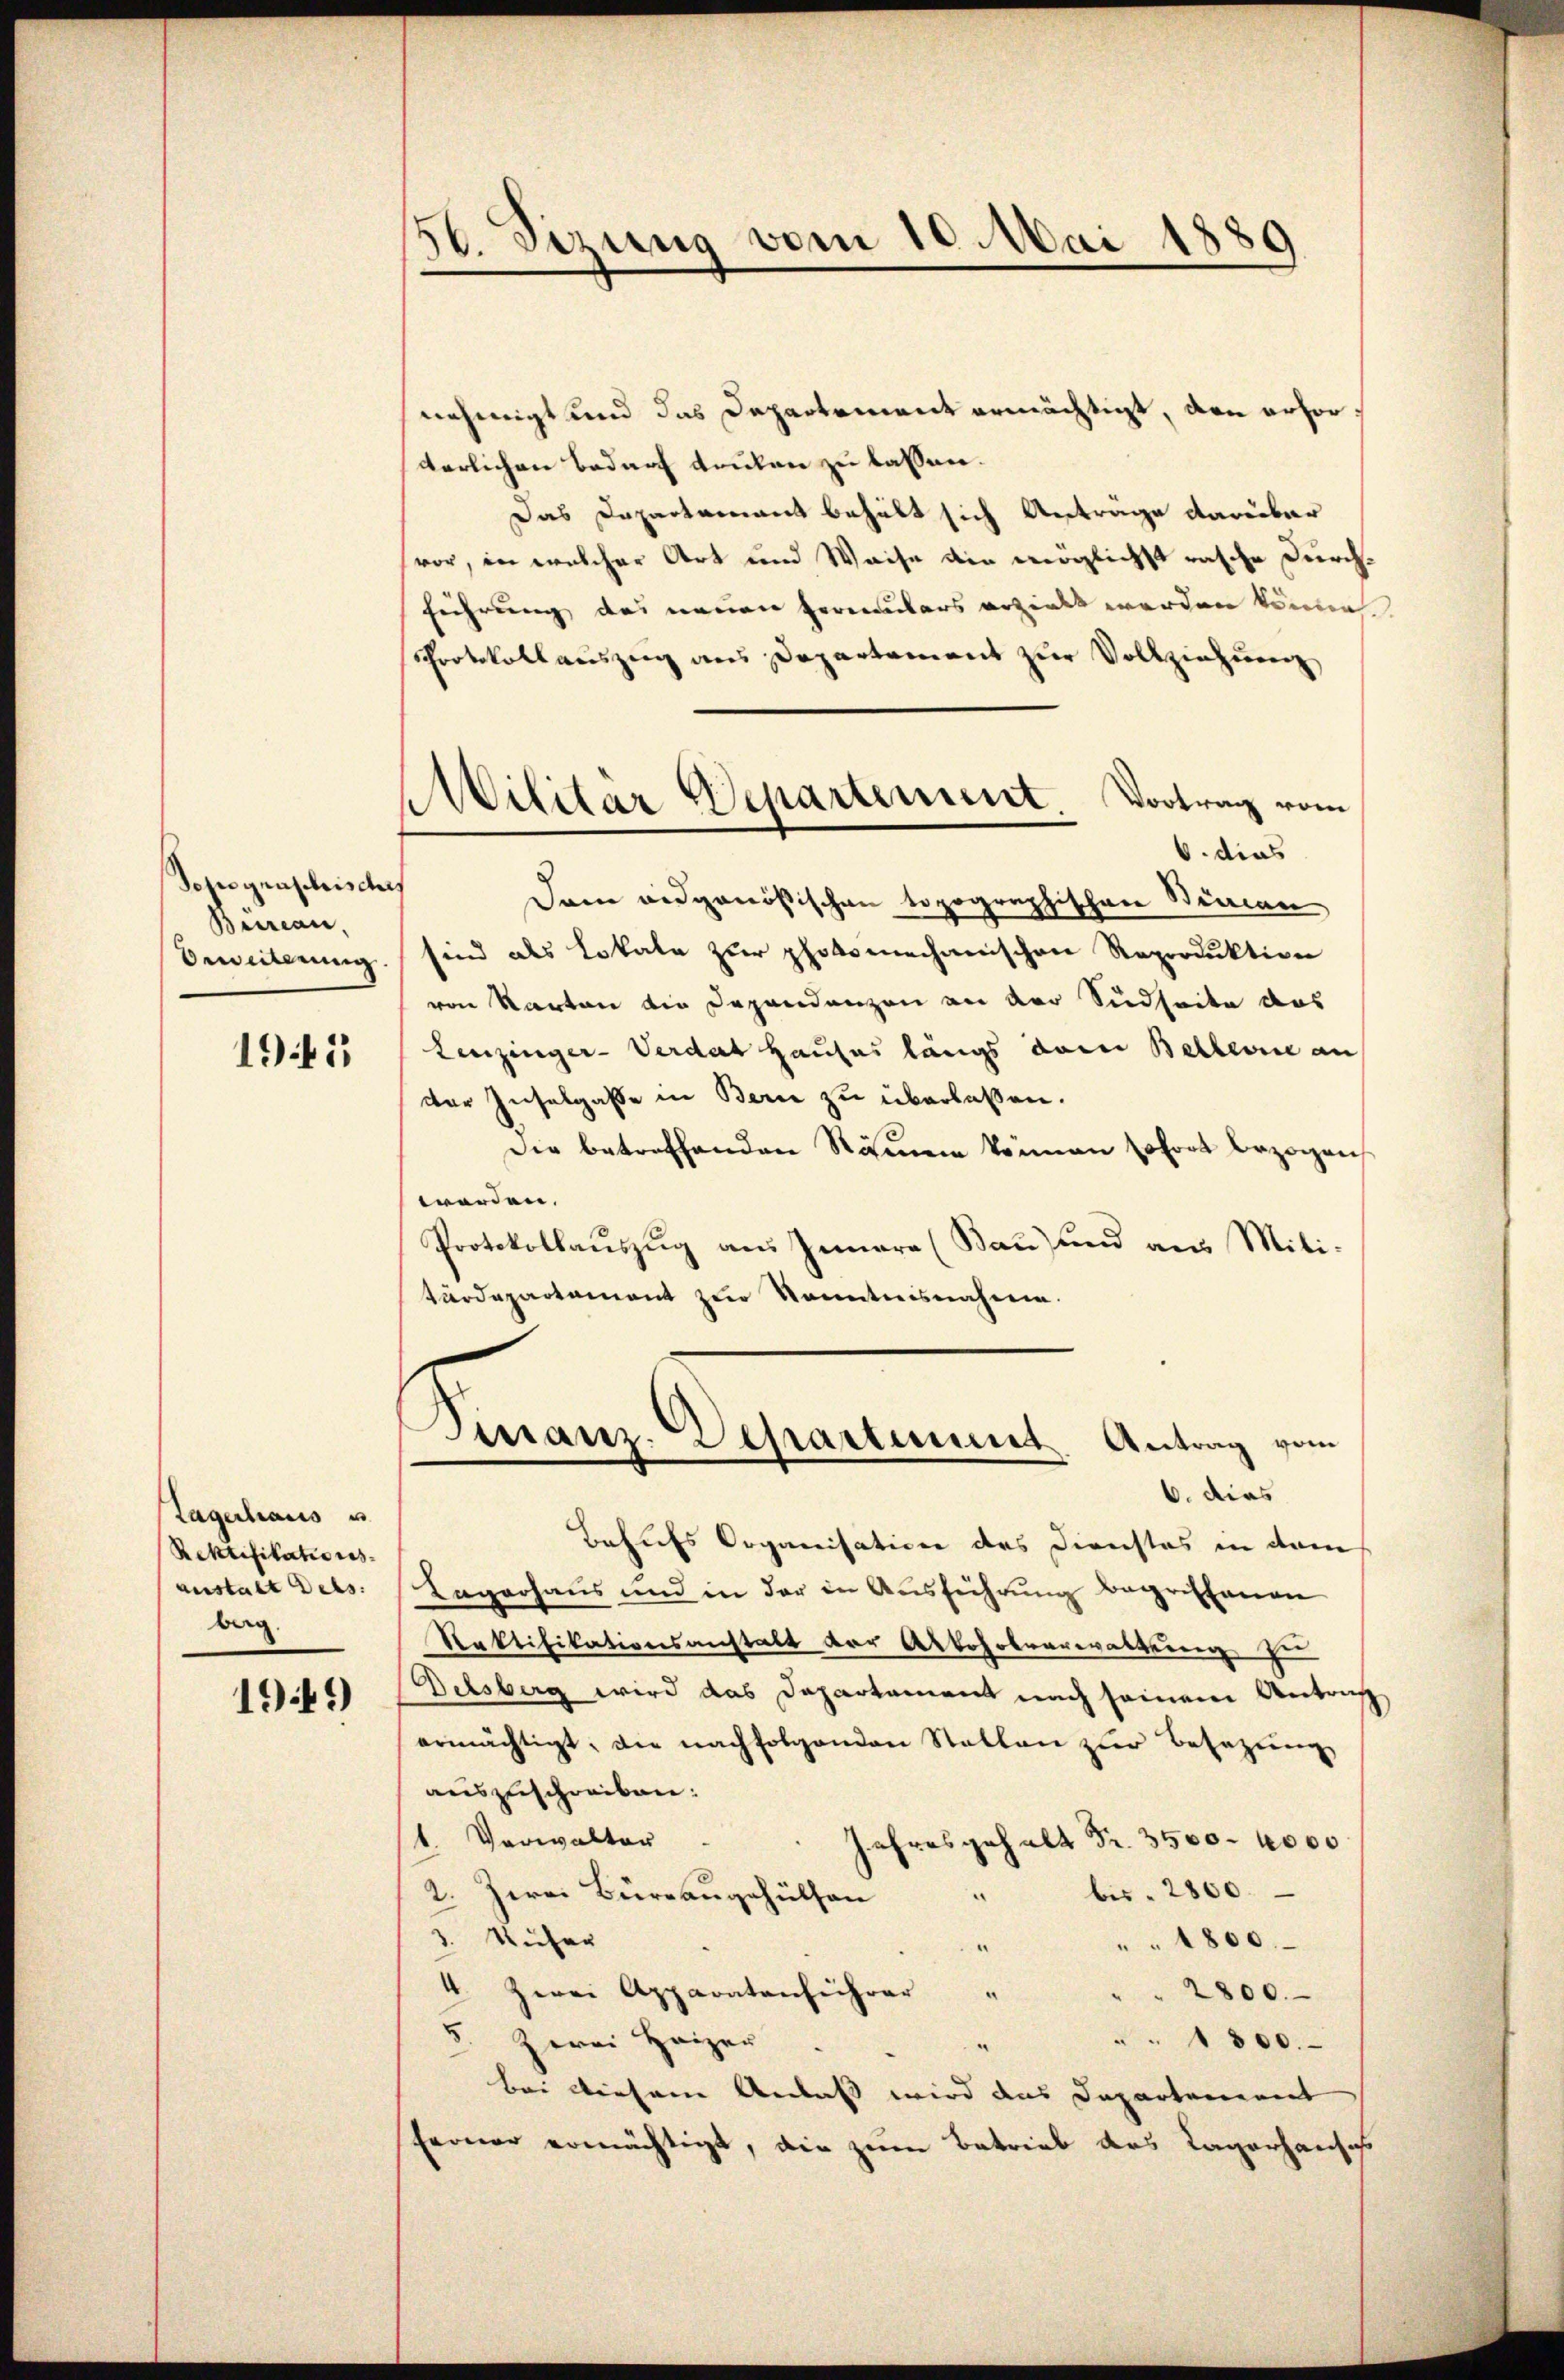
Sohn genschnischer
Bureau,
Beweiterung.

1945

Lagerhaus u
Rektifikationes
anstalt Dels
berg.

1949)

56. Sizung vom 10. Mai 1889

Militar Departement. Vortrag vom
6. dies

nehmigt und das Departement ermächtigt, den erforterlichen Bedarf doulen zu lassen.
Das Departement behält sich Anträge darüber
vor, in welcher Art und Waise die möglichst rasche Durchführung des neuen Herculars erzielt werden könne
Protokollauszug aus Departement zur Vollziehung
Dem eidgenößischen topographischen Stimen
sind als Lokale zur photomechanischen Reproduktion
von Karten die Dependenzen an der Südseite das
Leuzinger-Verdat Hauses längs dem Bellerie an
der Inselgasse in Bern zu überlaßen.
Die betreffenden Rämen können sofort bezogen
werden.
Protokollauszug aus Innern (Bau) und aus Mili-
värdepartement zur Kenntnisnahme.
Finanz-Departiunt. Antrag vom
6. dies
Behufs Organisation des Dienstos in dem
Lagerhaus und in der in Ausführung begriffenen
Staktifikationsanstalt der Arboholverwaltung zu
Delsberg wird das Departament nach seinem Antrag
ermächtigt, die nachfolgenden Statten zur Besatzung
auszuschreiben:
1. Vorwalter
Jahresgehalt Fr. 3500. 4000
bis 2800.
2. Zwei Büreaugehülfen
.
3. Näher
1800
.
4. Zwei Apparatenführer "
2800.
3. Herrn Heizer
1800.
Bei diesem Anlass wird das Departement
Ferner ermächtigt, die zum Betrieb das Lagerhausich